Report on vaccination in Madras 1895-1903 - 1895-1903
Year: 1895
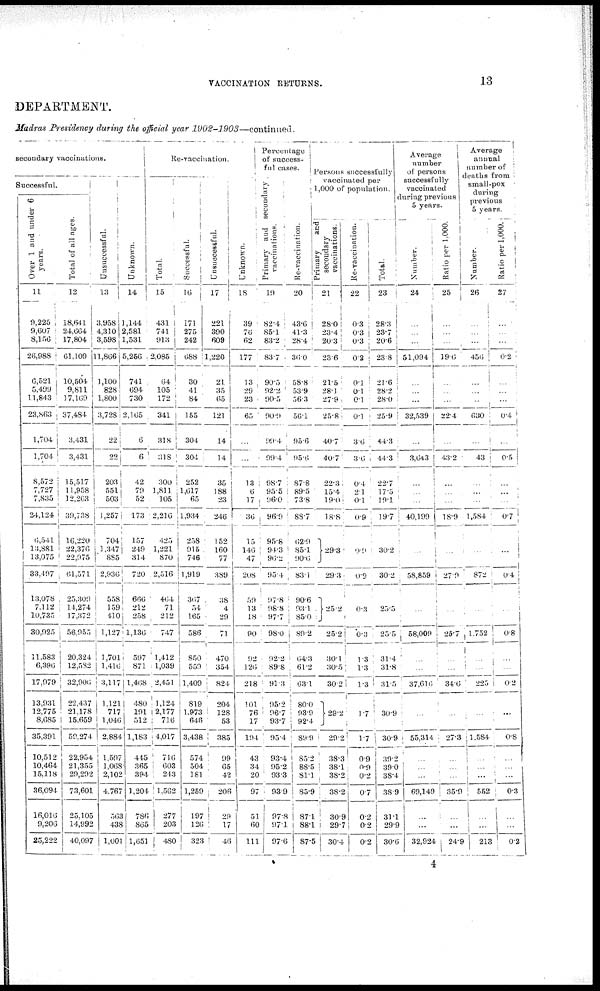
VACCINATION RETURNS.
13
DEPARTMENT.
Madras Presidency during the official year 1902-1903—continued.
Secondary vaccinations.
Successful.
Over 1 and under 6
years.
11
9,225 ,
9,607
8,156
26,988
6,521
5,499
11,843
23,863
1,704
1,704
8,572
7,727
7,835
24,124
6,541
13,881
13,075
33,497
13,078
7,112
10,735
30,925
11.583
6,390
17,979
13,931
12,775
8,085
35,391
10,512
10,464
15,118
36,094
16,010
9,200
25,222
Total of all ages.
12
18,641
24.004
17,804
61,109
10,504
9,811
17,169
37,484
3,431
3,431
15,517
11,958
12,263
39,738
16,220
22,370
22,975
01,571
25,309
14,274
17,372
56,955
20.324
12,582
32,906
22,437
21,178
15,659
59,274
22,954
21,355
29,292
73,601
25.105
14,992
40,097
Unsuccessful.
13
3,958
4,310
3,598
11,806
1,100
828
1,800
3,728
22
22
203
551
503
1,257
704
1,347
885
2,930
558
159
410
1,127
1,701
1,416
3,117
1,121
717
1,040
2,884
1,597
1,068
2,102
4,767
563
438
1,001
Unknown.
14
1,144
2,581
1,531
5,256
741
094
730
2,105
6
6
42
79
52
173
157
249
314
720
660
212
258
1,130
597
871
1,408
480
191
512
1,183
445
365
394
1,204
786
865
1,651
Re-vaccination.
Total.
15
431
741
913
2,085
64
105
172
341
318
318
300
1,811
105
2,216
425
1,221
870
2,516
464
71
212
747
1,412
1,039
2,451
1,124
2,177
710
4,017
716
603
243
1,562
277
203
480
Successful.
16
171
275
242
088
30
41
84
155
304
304
252
1,017
65
1,934
258
915
746
1,919
367
54
165
586
850
559
1,409
819
1,973
646
3,438
574
504
181
1,259
197
120
323
Unsuccessful.
17
221
390
609
1,220
21
35
05
121
14
14
35
188
23
240
152
160
77
389
38
4
29
71
470
354
824
204
128
53
385
99
65
42
206
29
17
46
Unknown.
18
39
70
62
177
13
29
23
65
...
...
13
0
17
30
15
146
47
208
59
13
18
90
92
126
218
101
76
17
194
43
34
20
97
51
60
111
Percentage
of success-
ful cases.
Primary and secondary
vaccinations.
19
82.4
85.1
83.2
83.7
90.5
92.2
90.5
90.9
99.4
99.4
98.7 ;
95.5
96.0
96.9
95.8
94.3
90.2
95.4
97.8
98.8
97.7
98.0
92.2
89.8
91.3
95.2
96.7
93.7
95.4
93.4
95.2
93.3
93.9
97.8
97.1
97.6
Re-vaccination.
20
43.6
41.3
28.4
30.0
58.8
53.9
56.3
56.1
95.6
95.0
87.8
89.5
73.8
88.7
62.9
85.1
90.6
83.1
90.6
93.1
85.0
89.2
04.3
61.2
63.1
80.0
93.9
92.4
89.9
85.2
88.5
81.1
85.9
87.1
88.1
87.5
Persons successfuly
vaccinated per
1,000 of population.
Primary
and
secondary
vaccinations.
21
28.0
23.4
20.3
23.6
21.5
28.1
27.9,
25.8
40.7
40.7
22.3
15.4
19.0
18.8
29.3
29.3
25.2
25.2
30.1
30.5
30.2
29.2
29.2
38.3
38.1
38.2
38.2
30.9
29.7
30.4
Re-vaccination.
22
0.3
0.3
0.3
0.2
0.1
0.1
0.1
0.1
3.6
3.6
0.4
2.1
0.1
0.9
9.9
0.9
0.3
0.3
1.3
1.3
1.3
1.7
1.7
0.9
0.9
0.2
0.7
0.2
0.2
0.2
Total.
23
28.3
23.7
20.6
23.8
21.6
28.2
28.0
25.9
44.3
44.3
22.7
17.5
19.1
19.7
30.2
30.2
25.5
25.5
31.4
31.8
31.5
30.9
30.9
39.2
39.0
38.4
38.9
31.1
29.9
30.6
Average
number
of persons
successfully
vaccinated
during previous
5 years.
Number.
24
...
...
...
51,094
...
...
...
32,539
...
3,043
...
...
...
40,199
...
58,859
...
58,009
...
...
37,616
...
55,314
...
...
...
69,149
...
...
32,924
Ratio per 1,000.
25
...
...
19.6
...
...
...
22.4
...
43.2
...
...
...
18.9
...
27.9
...
25.7
...
...
34.6
...
27.3
...
...
...
35.9
...
...
24.9
Average
annual
number of
deaths from
small-pox
during
previous
5 years.
Number.
26
...
...
...
4560
...
...
...
630
...
43
...
...
...
1,584
...
872
...
1.752
...
...
225
...
1,584
...
...
...
552
...
...
213
Ratio per 1,000.
27
...
...
...
0.2
...
...
...
0.4
...
0.5
...
...
...
0.7
...
0.4
...
08
...
...
0.2
...
0.8
...
...
...
0.3
...
...
0.2
4